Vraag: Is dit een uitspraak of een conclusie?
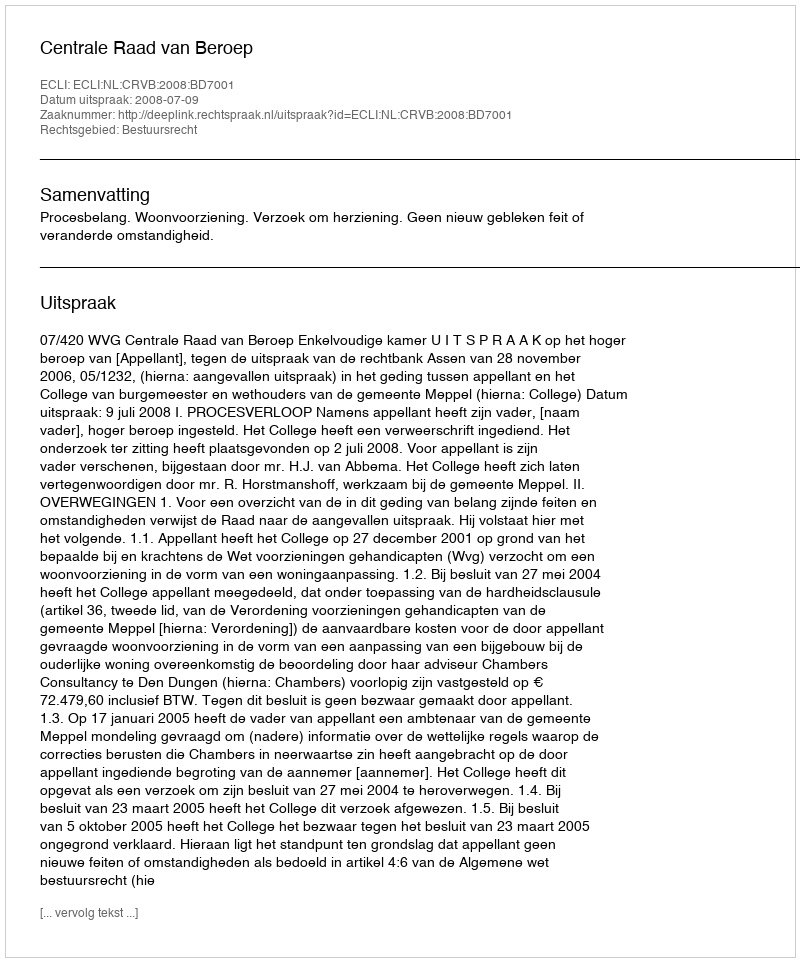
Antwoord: Uitspraak